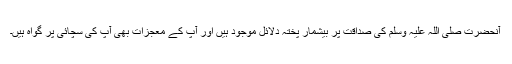
آنحضرت صلی اللہ علیہ وسلم کی صداقت پر بیشمار پختہ دلائل موجود ہیں اور آپؐ کے معجزات بھی آپؐ کی سچائی پر گواہ ہیں۔